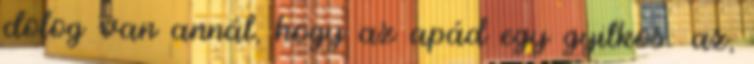
dolog van annál, hogy az apád egy gyilkos: az,